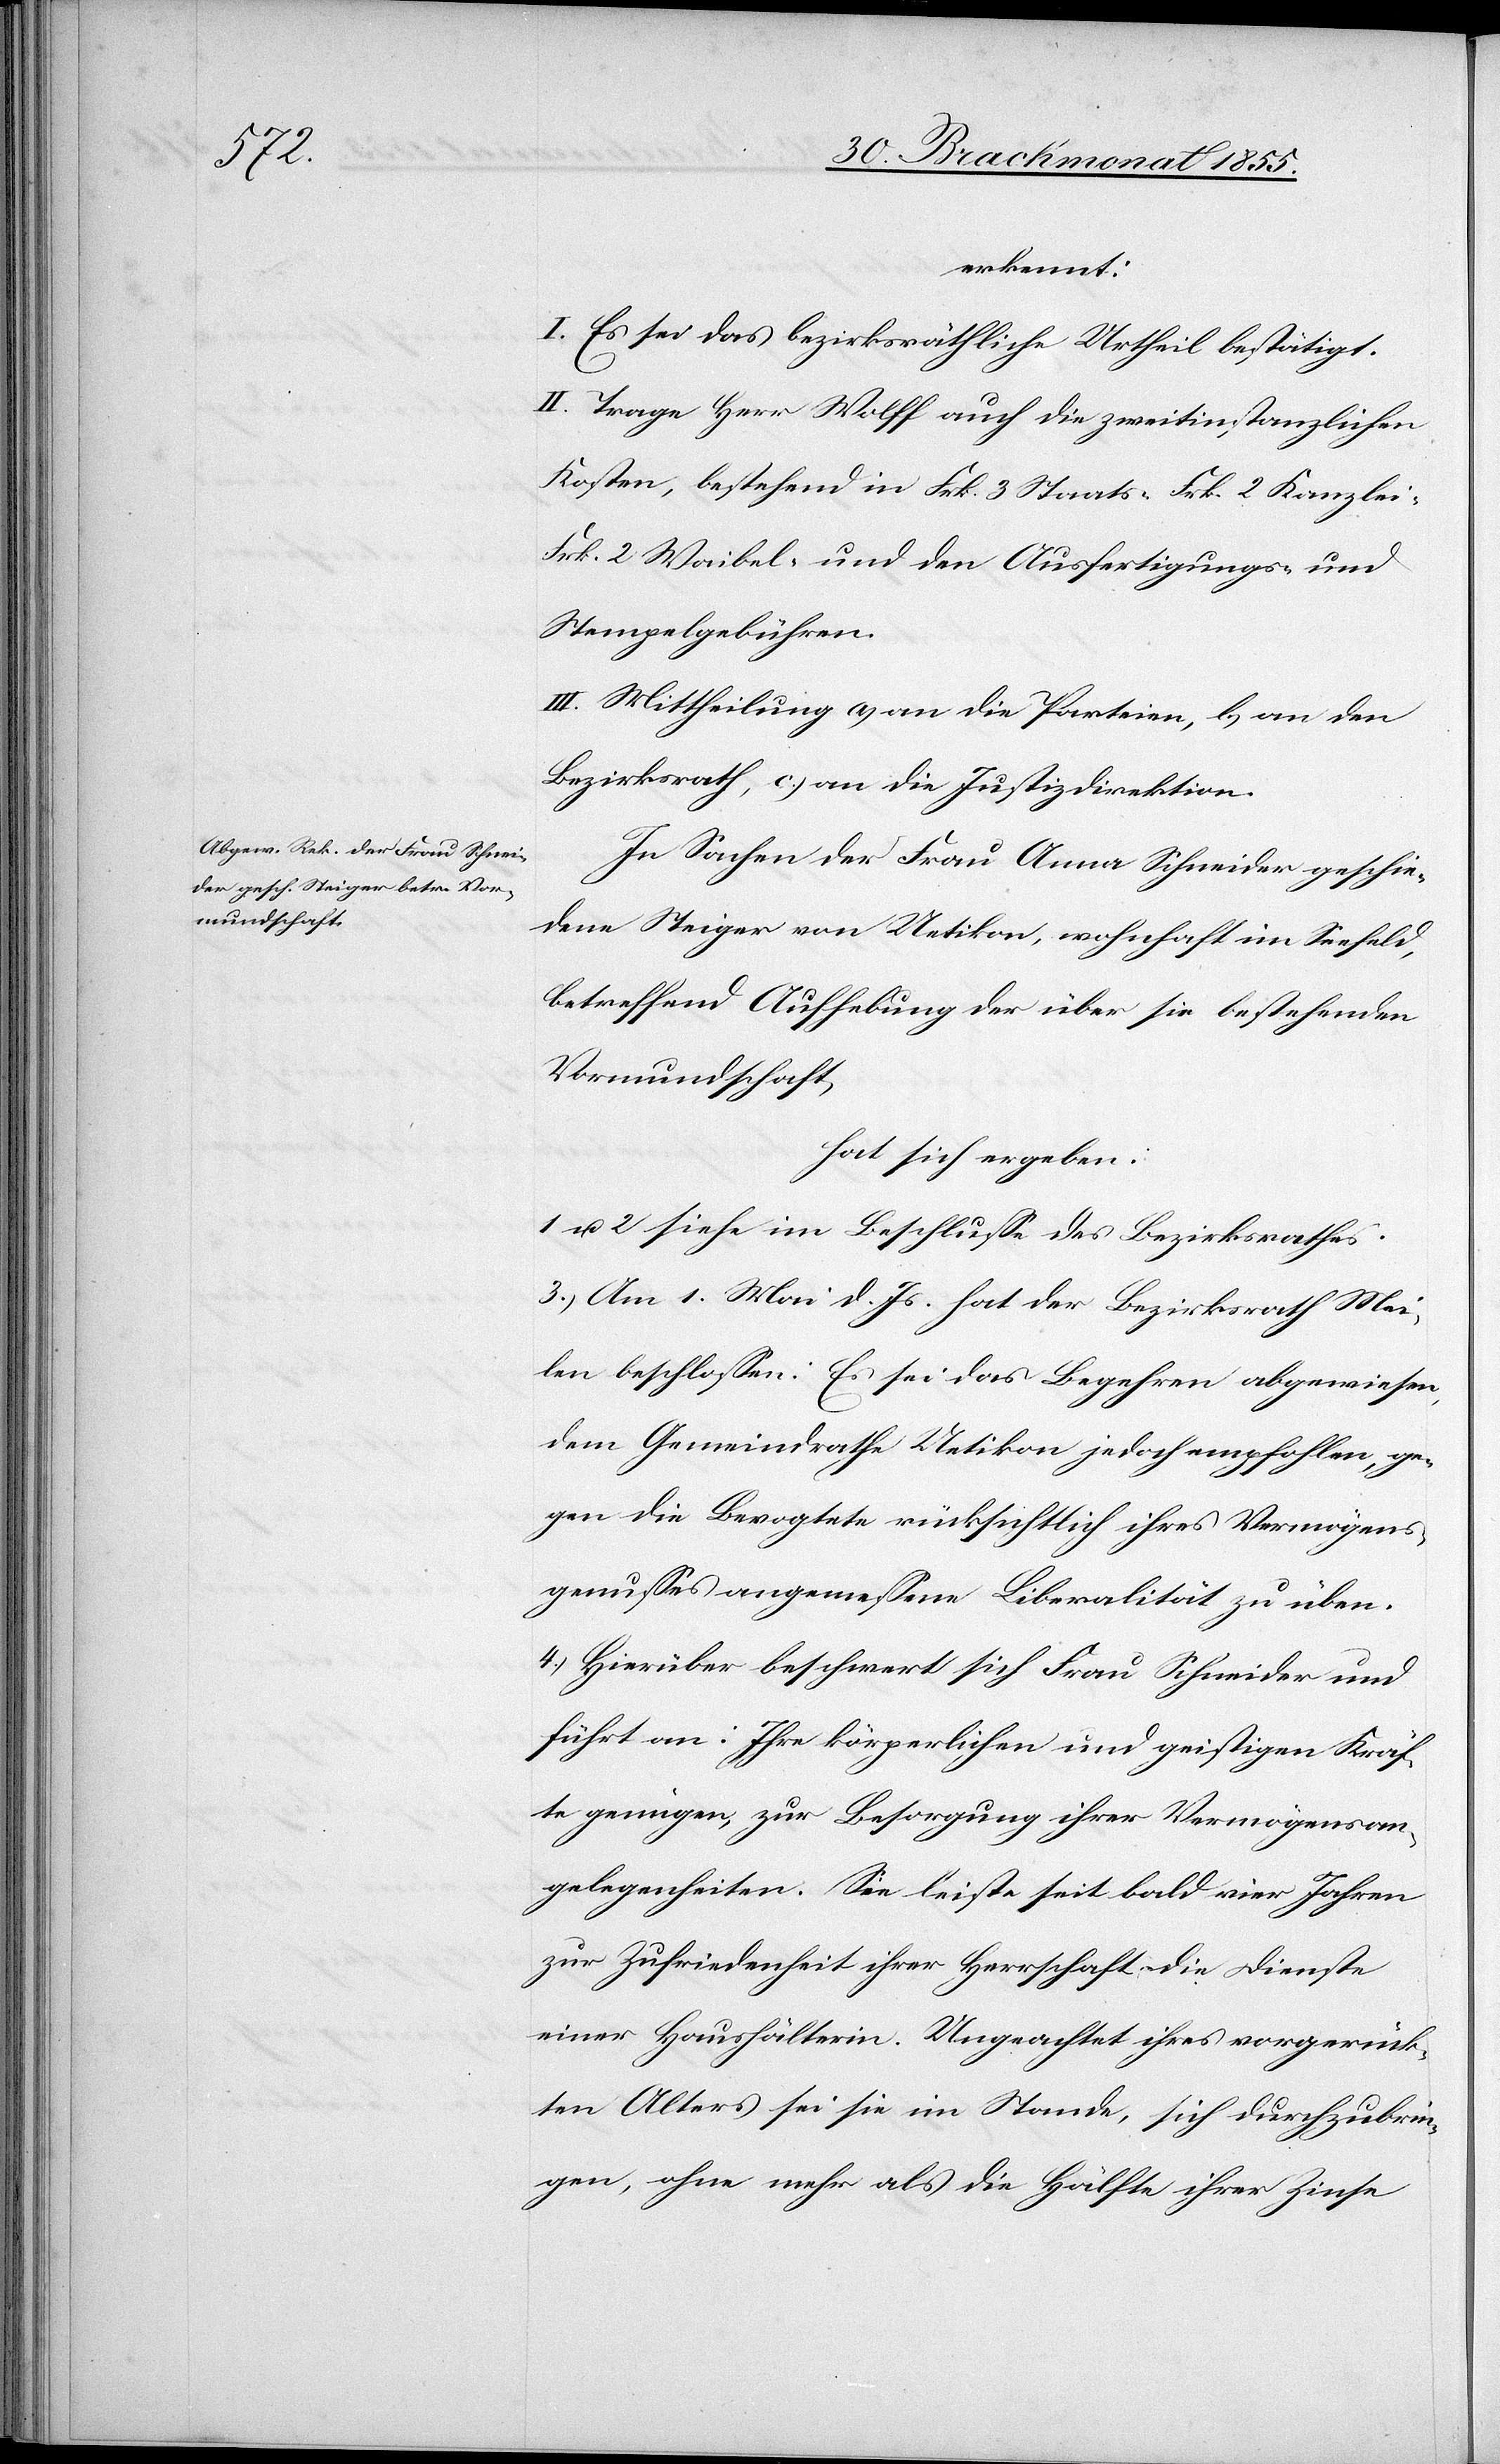
erkennt:
I. Es sei das bezirksräthliche Urtheil bestätigt.
II. Trage Herr Wolff auch die zweitinstanzlichen
Kosten, bestehend in Frk. 3 Staats-[,] Frk. 2 Kanzlei-[,]
Frk. 2 Waibel- und den Ausfertigungs- und
Stempelgebühren.
III. Mittheilung a) an die Parteien, b) an den
Bezirksrath, c.) an die Justizdirektion.
In Sachen der Frau Anna Schneider geschie¬
dene Steiger von Uetikon, wohnhaft im Seefeld,
betreffend Aufhebung der über sie bestehenden
Vormundschaft,
hat sich ergeben:
1 u. 2 siehe im Beschlusse des Bezirksrathes.
3.) Am 1. Mai d. Js. hat der Bezirksrath Mei¬
len beschlossen: Es sei das Begehren abgewiesen,
dem Gemeindrathe Uetikon jedoch empfohlen, ge¬
gen die Bevogtete rücksichtlich ihres Vermögens¬
genusses angemessene Liberalität zu üben.
4.) Hierüber beschwert sich Frau Schneider und
führt an: Ihre körperlichen und geistigen Kräf¬
te genügen, zur Besorgung ihrer Vermögensan¬
gelegenheiten. Sie leiste seit bald vier Jahren
zur Zufriedenheit ihrer Herrschaft die Dienste
einer Haushälterin. Ungeachtet ihres vorgerück¬
ten Alters sei sie im Stande, sich durchzubrin¬
gen, ohne mehr als die Hälfte ihrer Zinse